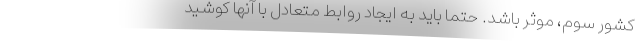
کشور سوم، موثر باشد. حتماً باید به ایجاد روابط متعادل با آنها کوشید